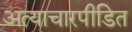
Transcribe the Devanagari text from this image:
अत्याचारपीडित